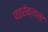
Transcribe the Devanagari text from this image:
पाइरोक्लास्ट